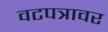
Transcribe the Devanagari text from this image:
वटपत्रावर